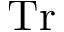
\operatorname { T r }